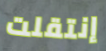
إنتقلت